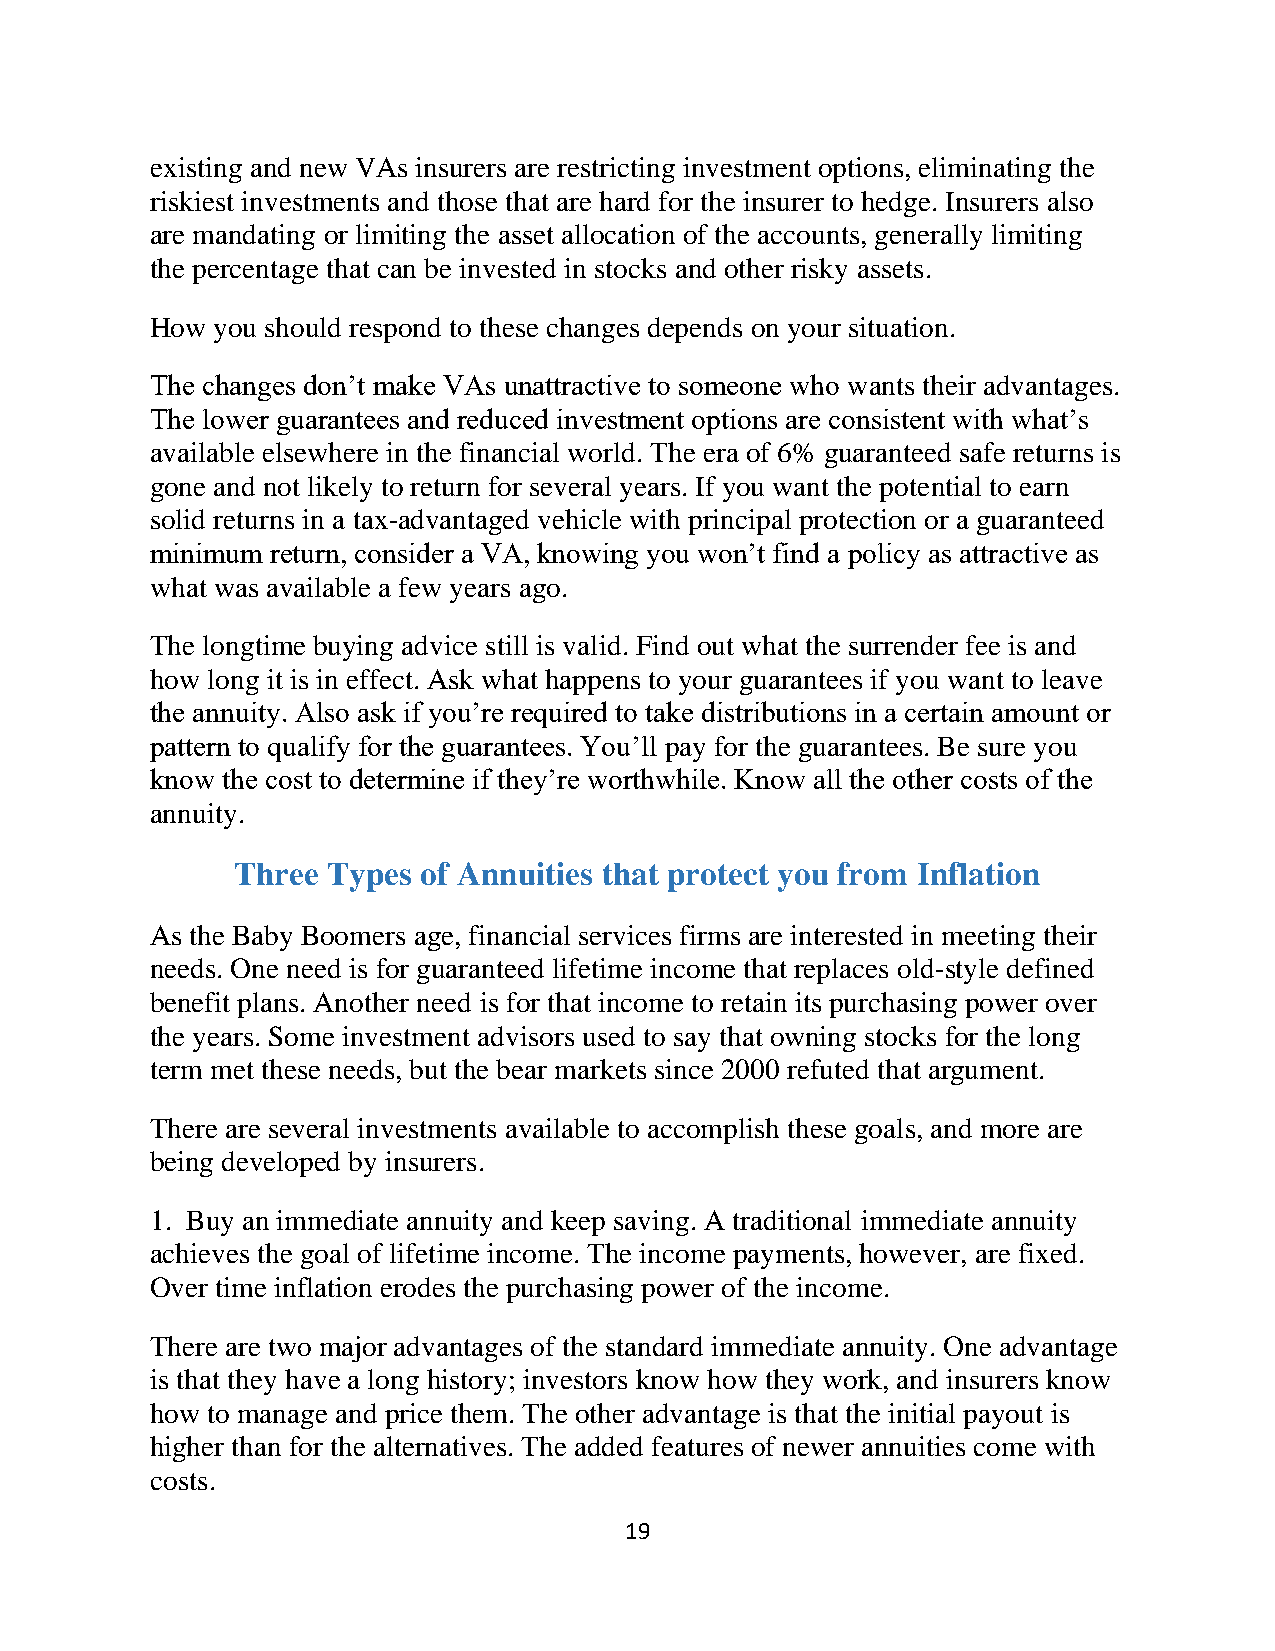
existing and new VAs insurers are restricting investment options, eliminating the
 riskiest investments and those that are hard for the insurer to hedge. Insurers also
 are mandating or limiting the asset allocation of the accounts, generally limiting
 the percentage that can be invested in stocks and other risky assets.
 How you should respond to these changes depends on your situation.
 The changes don’t make VAs unattractive to someone who wants their advantages.
 The lower guarantees and reduced investment options are consistent with what’s
 available elsewhere in the financial world. The era of 6% guaranteed safe returns is
 gone and not likely to return for several years. If you want the potential to earn
 solid returns in a tax-advantaged vehicle with principal protection or a guaranteed
 minimum return, consider a VA, knowing you won’t find a policy as attractive as
 what was available a few years ago.
 The longtime buying advice still is valid. Find out what the surrender fee is and
 how long it is in effect. Ask what happens to your guarantees if you want to leave
 the annuity. Also ask if you’re required to take distributions in a certain amount or
 pattern to qualify for the guarantees. You’ll pay for the guarantees. Be sure you
 know the cost to determine if they’re worthwhile. Know all the other costs of the
 annuity.
 Three  Types of Annuities that protect you from Inflation
 As the Baby Boomers age, financial services firms are interested in meeting their
 needs. One need is for guaranteed lifetime income that replaces old-style defined
 benefit plans. Another need is for that income to retain its purchasing power over
 the years. Some investment advisors used to say that owning stocks for the long
 term met these needs, but the bear markets since 2000 refuted that argument.
 There are several investments available to accomplish these goals, and more are
 being developed by insurers.
 1. Buy an immediate annuity and keep saving. A traditional immediate annuity
 achieves the goal of lifetime income. The income payments, however, are fixed.
 Over time inflation erodes the purchasing power of the income.
 There are two major advantages of the standard immediate annuity. One advantage
 is that they have a long history; investors know how they work, and insurers know
 how to manage and price them. The other advantage is that the initial payout is
 higher than for the alternatives. The added features of newer annuities come with
 costs.
 19